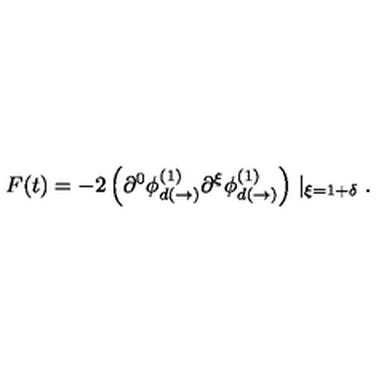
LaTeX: F ( t ) = - 2 \left( \partial ^ { 0 } \phi _ { d ( \rightarrow ) } ^ { ( 1 ) } \partial ^ { \xi } \phi _ { d ( \rightarrow ) } ^ { ( 1 ) } \right) \mid _ { \xi = 1 + \delta } .